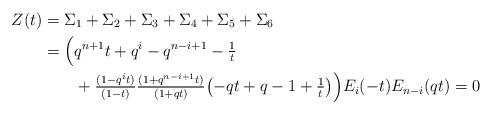
LaTeX: \begin{align*}Z(t)&{}=\Sigma_1+\Sigma_2+ \Sigma_3+\Sigma_4+\Sigma_5+\Sigma_6\\&{}=\Bigl(q^{n+1}t+q^i-q^{n-i+1}-\tfrac{1}{t}\\&\qquad{}+\tfrac{(1-q^it)}{(1-t)}\tfrac{(1+q^{n-i+1}t)}{(1+qt)}\bigl(-qt+q-1+\tfrac{1}{t}\bigr)\Bigr) E_i(-t) E_{n-i}(qt)=0\end{align*}